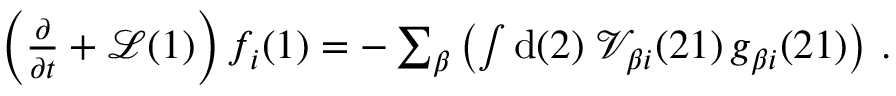
\begin{array} { r } { \left( \frac { \partial } { \partial t } + \mathcal { L } ( 1 ) \right) f _ { i } ( 1 ) = - \sum _ { \beta } \left( \int \mathrm { d } ( 2 ) \; \mathcal { V } _ { \beta i } ( 2 1 ) \, g _ { \beta i } ( 2 1 ) \right) \, . } \end{array}